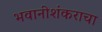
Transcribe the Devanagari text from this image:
भवानीशंकराचा